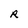
Character: R